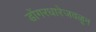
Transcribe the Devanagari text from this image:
डोंगरधारेजवळून